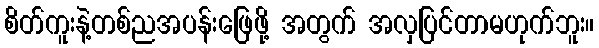
စိတ်ကူးနဲ့တစ်ညအပန်းဖြေဖို့ အတွက် အလှပြင်တာမဟုက်ဘူး။